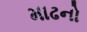
માઢનો